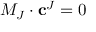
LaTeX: M _ { J } \cdot \mathbf { c } ^ { J } = 0